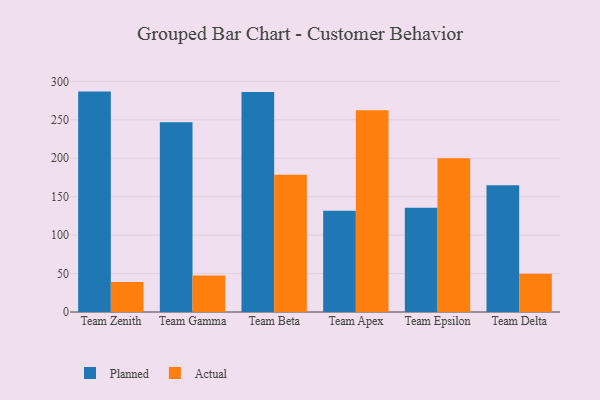
{"axis": {"x": "Team", "y": "Humidity (%)"}, "legend": ["Actual", "Planned"], "data": [{"x": "Team Zenith", "y": 286.7, "type": "Planned"}, {"x": "Team Zenith", "y": 39.0, "type": "Actual"}, {"x": "Team Gamma", "y": 246.9, "type": "Planned"}, {"x": "Team Gamma", "y": 47.4, "type": "Actual"}, {"x": "Team Beta", "y": 286.3, "type": "Planned"}, {"x": "Team Beta", "y": 178.6, "type": "Actual"}, {"x": "Team Apex", "y": 131.7, "type": "Planned"}, {"x": "Team Apex", "y": 262.5, "type": "Actual"}, {"x": "Team Epsilon", "y": 135.7, "type": "Planned"}, {"x": "Team Epsilon", "y": 199.9, "type": "Actual"}, {"x": "Team Delta", "y": 165.0, "type": "Planned"}, {"x": "Team Delta", "y": 49.8, "type": "Actual"}]}